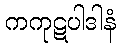
ကကုဋပါဒါနံ